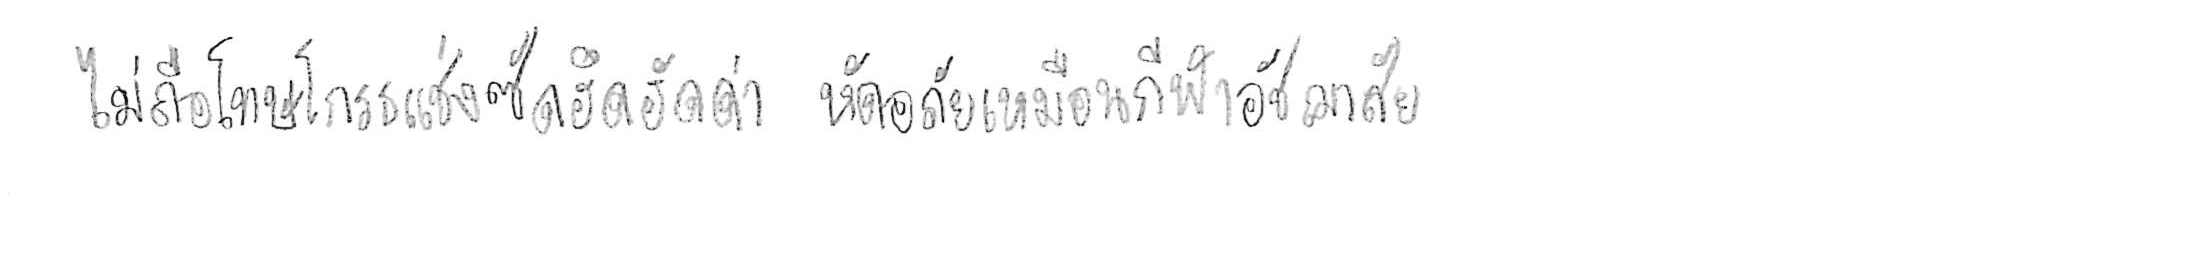
ไม่ถือโทษโกรธแช่งซัดฮึดฮัดด่า หัดอภัยเหมือนกีฬาอัชฌาสัย